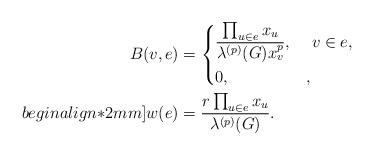
LaTeX: \begin{align*}B(v,e) & =\begin{dcases}\displaystyle\frac{\prod_{u\in e}x_u}{\lambda^{(p)}(G) x_v^p}, & ~v\in e,\\0, & ,\end{dcases}\\begin{align*}2mm]w(e) & =\frac{r\prod_{u\in e}x_u}{\lambda^{(p)}(G)}.\end{align*}